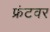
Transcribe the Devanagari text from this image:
फ्रंटवर